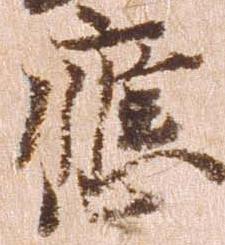
応